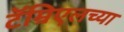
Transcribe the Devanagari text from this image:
टॅम्रिएलच्या